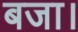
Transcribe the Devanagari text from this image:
बजा।